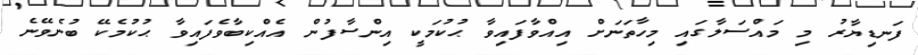
ފަނޑިޔާރު މި މައްސަލާގައި މިހާތަނަށް އިއްވާފައިވާ ޙުކުމަކީ އިންސާފުން އެއްކިބާވެފައިވާ ޙުކުމެކޭ ބުނެވޭނެ